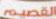
القصيم